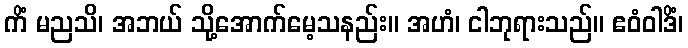
ကိံ မညသိ၊ အဘယ် သို့အောက်မေ့သနည်း။ အဟံ၊ ငါဘုရားသည်။ ဧဝံဝါဒိံ၊